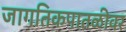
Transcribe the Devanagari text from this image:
जागतिकपातळीवर